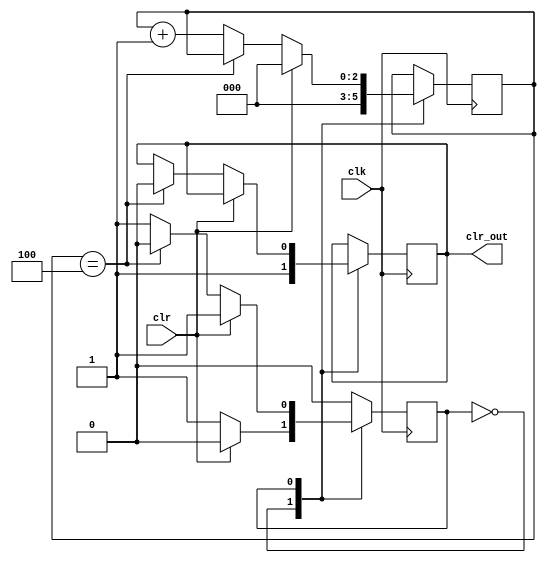
module clr_cnt(clr,clk,clr_out);
input clk,clr;
output reg clr_out;
reg state=0;
reg [2:0]clrcnt;

localparam
  s0 = 0,
  s1 = 1;
always@(posedge clk)
  case(state)
    s0: begin
	  clrcnt <= 0; clr_out <= 1;
	  if(clr == 0) state <= s1;
	  end
	 s1: if(clr==0)
	      if(clrcnt==4)begin
			state <= s0; clr_out <=0;
			end
			else clrcnt <= clrcnt + 1;
		  else clrcnt<=0;
	 endcase
endmodule